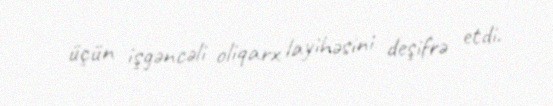
üçün işgəncəli oliqarx layihəsini deşifrə etdi.